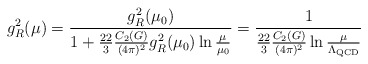
\begin{align*}g_R^2(\mu) = {g_R^2(\mu_0) \over 1+ {22 \over 3}{C_2(G) \over (4\pi)^2}g_R^2(\mu_0) \ln {\mu \over \mu_0}} = {1 \over {22 \over 3}{C_2(G) \over (4\pi)^2} \ln {\mu \over \Lambda_{\rm QCD}}} \end{align*}